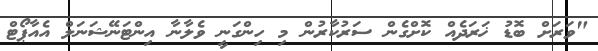
"ވަރަށް ބޮޑު ޚަރަދެއް ކޮށްގެން ސަރުކާރުން މި ހިންގަނީ ވެލާނާ އިންޓަނޭޝަނަލް އެއާޕޯޓް